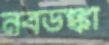
নবডঙ্কা